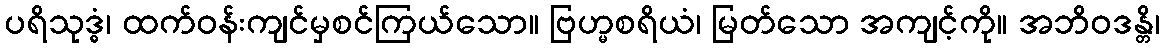
ပရိသုဒ္ဓံ၊ ထက်ဝန်းကျင်မှစင်ကြယ်သော။ ဗြဟ္မစရိယံ၊ မြတ်သော အကျင့်ကို။ အဘိဝဒန္တိ၊